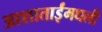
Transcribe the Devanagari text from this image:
आशाताईंमधली